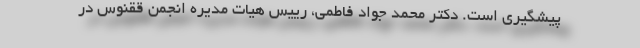
پیشگیری است. دکتر محمد جواد فاطمی، رییس هیات مدیره انجمن ققنوس در